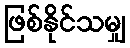
ဖြစ်နိုင်သမျှ